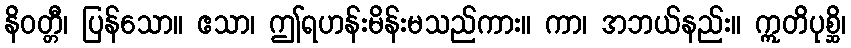
နိဝတ္တီ၊ ပြန်သော။ ဧသာ၊ ဤရဟန်းမိန်းမသည်ကား။ ကာ၊ အဘယ်နည်း။ ဣတိပုစ္ဆိ၊